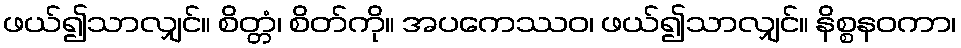
ဖယ်၍သာလျှင်။ စိတ္တံ၊ စိတ်ကို။ အပကေဿဝ၊ ဖယ်၍သာလျှင်။ နိစ္စနဝကာ၊